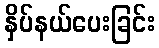
နှိပ်နယ်ပေးခြင်း